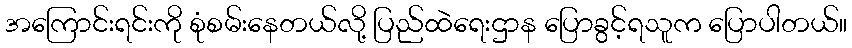
အကြောင်းရင်းကို စုံစမ်းနေတယ်လို့ ပြည်ထဲရေးဌာန ပြောခွင့်ရသူက ပြောပါတယ်။